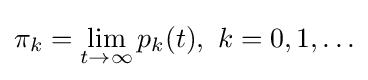
\pi _{k}=\lim _{t\to \infty }p_{k}(t),\ k=0,1,\ldots